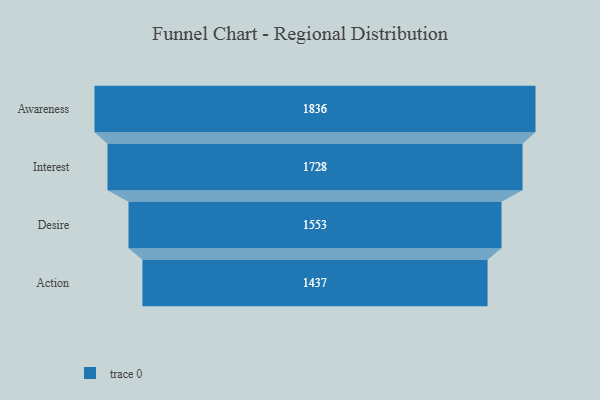
{"axis": {"x": "Stage", "y": "Value"}, "legend": [""], "data": [{"x": "Awareness", "y": 1836.0, "type": ""}, {"x": "Interest", "y": 1728.0, "type": ""}, {"x": "Desire", "y": 1553.0, "type": ""}, {"x": "Action", "y": 1437.0, "type": ""}]}